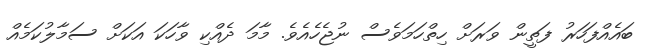
ބައެއްފަހަރު ފަތީން ވަރަށް ހިތްހަމަވެސް ނުޖެހެއެވެ. މާމަ ދެއްކި ވާހަކަ އަކަށް ސަމާލުކަމެއް